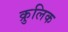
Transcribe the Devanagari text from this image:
क्रुलिक